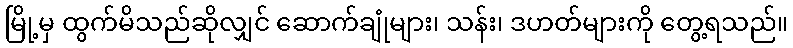
မြို့မှ ထွက်မိသည်ဆိုလျှင် ဆောက်ချုံများ၊ သန်း၊ ဒဟတ်များကို တွေ့ရသည်။